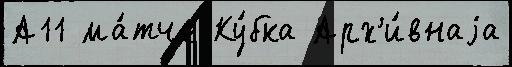
А11 ма́тче Ку́бка Арх'и́внаjа